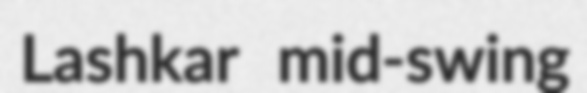
Lashkar mid-swing